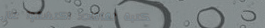
مكتبة ثقافات: اكتشفوا عال